Calcutta medical institutions reports 1892-1900
Year: 1892
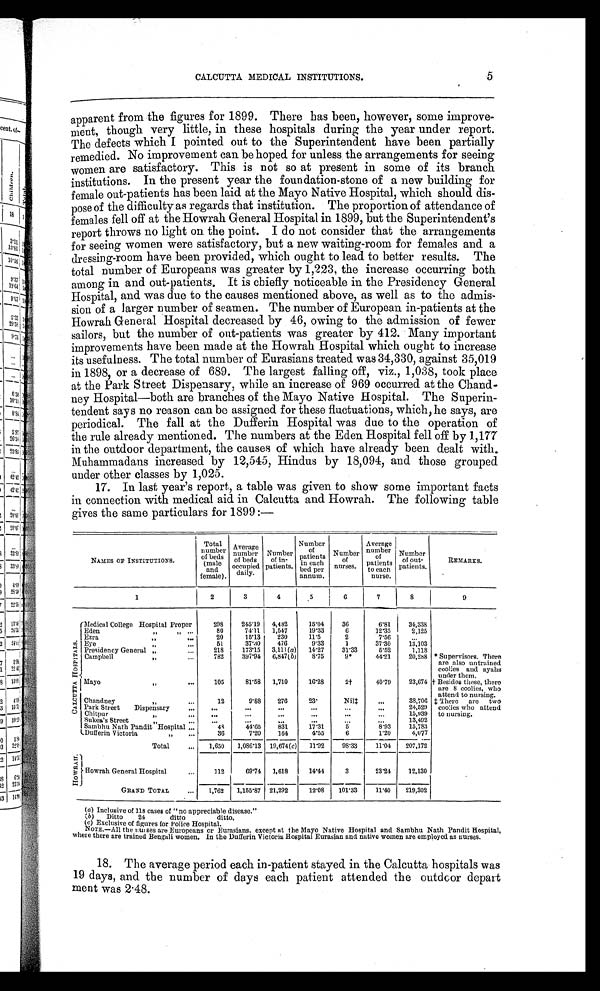
CALCUTTA MEDICAL INSTITUTIONS.
apparent from the figures for 1899. There has been, however, some improve-
ment, though very little, in these hospitals during the year under report.
The defects which I pointed out to the Superintendent have been partially
remedied. No improvement can be hoped for unless the arrangements for seeing
women are satisfactory. This is not so at present in some of its branch
institutions. In the present year the foundation-stone of a new building for
female out-patients has been laid at the Mayo Native Hospital, which should dis-
pose of the difficulty as regards that institution. The proportion of attendance of
females fell off at the Howrah General Hospital in 1899, but the Superintendent's
report throws no light on the point. I do not consider that the arrangements
for seeing women were satisfactory, but a new waiting-room for females and a
dressing-room have been provided, which ought to lead to better results. The
total number of Europeans was greater by 1,223, the increase occurring both
among in and out-patients. It is chiefly noticeable in the Presidency General
Hospital, and was due to the causes mentioned above, as well as to the admis-
sion of a larger number of seamen. The number of European in-patients at the
Howrah General Hospital decreased by 46, owing to the admission of fewer
sailors, but the number of out-patients was greater by 412. Many important
improvements have been made at the Howrah Hospital which ought to increase
its usefulness. The total number of Eurasians treated was 34,330, against 35,019
in 1898, or a decrease of 689. The largest falling off, viz., 1,038, took place
at the Park Street Dispensary, while an increase of 969 occurred at the Chand-
ney Hospital—both are branches of the Mayo Native Hospital. The Superin-
tendent says no reason can be assigned for these fluctuations, which, he says, are
periodical. The fall at the Dufferin Hospital was due to the operation of
the rule already mentioned. The numbers at the Eden Hospital fell off by 1,177
in the outdoor department, the causes of which have already been dealt with.
Muhammadans increased by 12,545, Hindus by 18,094, and those grouped
under other classes by 1,025.
17. In last year's report, a table was given to show some important facts
in connection with medical aid in Calcutta and Howrah. The following table
gives the same particulars for 1899:—
NAMES OF INSTITUTIONS.
Total
number
of beds
(male
and
female).
Average
number
of beds
occupied
d a i l y .
Number
of in-
patients.
Number
o f
patients p
in each
bed per
annum.
Number of
nurses.
Average
number of
p a t i e n t s t o e a c h
n u r s e .
Number
of out-
patients.
REMARKS.
1
2
3
4
5
6
7
8
9
C A L C U T T A H O S P I T A L
Medical College Hospital Proper
298
245.19
4,482
15.04
36
6.81
34,338
‫٭‬ Supervisors. There
are also untrained
coolies and ayalis
under them.
†Besides these, there
are 8 coolies, who
attend to nursing.
‡ There are two
coolies who attend
to nursing.
E d e n
' '
''
. . .
80
74.11 1,547
19.33
6
12.35
2,125
Ezra
' '
. . .
20
15.13
230
11.5
2
7.56
. . .
Eye
' '
...
51
37.30
476
9.33
1
3 7 . 3 0 13,103
Presidency General
„
...
218
173.15 3,111 (a) 14.27
31.33
5 . 5 2
1,118
Cambell
,,
. . .
782
397.94 6,847(b)
8.75
9.*
44.21
20,288
Mayo
' '
...
105
81.58 1,710
16.28
2†
40.79
23,674
Chandney
' '
. . .
12
9.88
276
23.
Nil‡
...
38,706
Park Street
Dispensary ...
. . .
. . .
. . .
. . .
. . .
. . .
...
24,529
Chitpur
„
. . .
. . .
. . .
. . .
. . .
. . .
. . .
15,939
Sukea's Street
' '
. . .
. . .
. . .
...
. . .
. . .
. . . 13,492
Sambhu Nath Pandit Hospital . . .
48
44.65
831
17.31
5
8.93
15,783
Dufferin Victoria
' '
. . .
36
7.20
164
4.55
6
1.20
4,077
Total
...
1 , 6 5 0
1,086.13 19,674 (c)
11.92
98.33
11.04
207,172
HOWRAH Howrah General Hospital.
. . .
1 1 2
6 9 . 7 4
1,618
14.44
3
23.24
12,130
GRAND TOTAL
...
1,762
1,155.87 21,292
12.08
101.33
11.40
219,302
(a) Inclusive of 118 cases of "no appreciable disease."
(b) Ditto
24
ditto
ditto.
(c) Exclusive of figures for Police Hospital.
NoTE.—All the nurses are Europeans or Eurasians. except at the Mayo Native Hospital and Sambhu Nath Pandit Hospital,
where there are trained Bengali women. In the Dufferin Victoria Hospital Eurasian and native women are employed as nurses.
18. The average period each in-patient stayed in the Calcutta hospitals was
19 days, and the number of days each patient attended the outdoor depart
ment was 2.48.
5